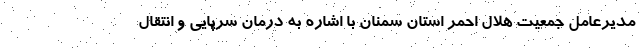
مدیرعامل جمعیت هلال احمر استان سمنان با اشاره به درمان سرپایی و انتقال